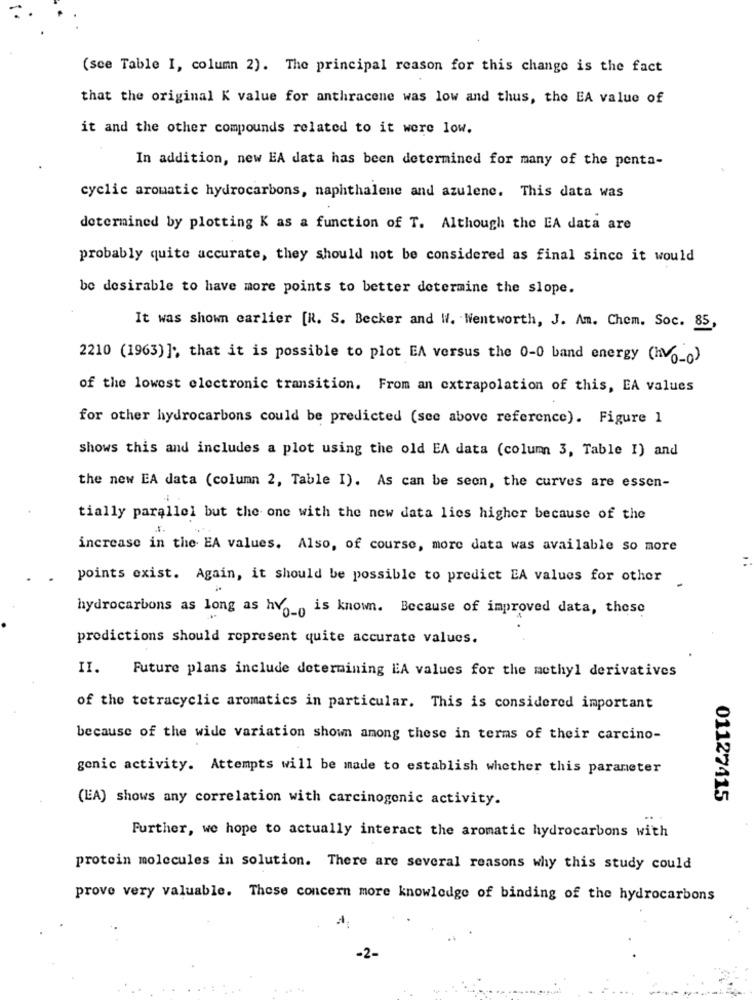
(sce Table I, column 2). The principal reason for this change is the fact
that the original K value for anthracene was low and thus, the EA value of
it and the other compounds related to it were low.
In addition, new EA data has been determined for many of the penta-
cyclic aromatic hydrocarbons, naphthalene and azulene. This data was
determined by plotting K as a function of T. Although the EA data are
probably quite accurate, they should not be considered as final since it would
be desirable to have more points to better determine the slope.
It was shown earlier [R. S. Becker and W. Wentworth, J. Am. Chem. Soc. 85,
2210 (1963) ], that it is possible to plot EA versus the 0-0 band energy (hv0-0)
of the lowest electronic transition. From an extrapolation of this, EA values
for other hydrocarbons could be predicted (see above reference). Figure 1
shows this and includes a plot using the old EA data (column 3, Table I) and
the new EA data (column 2, Table I). As can be seen, the curves are essen-
tially parallel but the one with the new data lies higher because of the
increase in the EA values. Also, of course, more data was available so more
points exist. Again, it should be possible to predict EA values for other
hydrocarbons as long as hvg_ is known. Because of improved data, these
prodictions should represent quite accurate values.
II.
Future plans include determining EA values for the methyl derivatives
of the tetracyclic aromatics in particular. This is considered important
because of the wide variation shown among these in terms of their carcino-
genic activity. Attempts will be made to establish whether this parameter
(EA) shows any correlation with carcinogenic activity.
01127415
Further, we hope to actually interact the aromatic hydrocarbons with
protein molecules in solution. There are several reasons why this study could
prove very valuable. These concern more knowledge of binding of the hydrocarbons